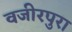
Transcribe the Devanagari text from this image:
वजीरपुरा